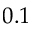
0 . 1